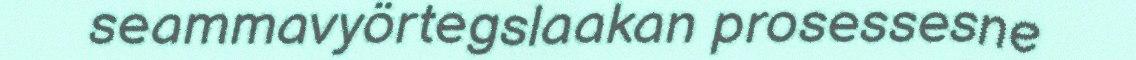
seammavyörtegslaakan prosessesne